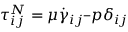
\tau _ { i j } ^ { N } = \mu \dot { \gamma } _ { i j } – p \delta _ { i j }